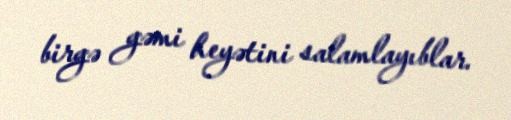
birgə gəmi heyətini salamlayıblar.